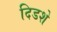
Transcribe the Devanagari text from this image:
दिडशे